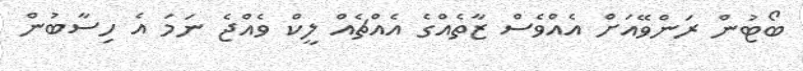
ބޯޓުން ރަންވޭއަށް އެއްވެސް ޒާތެއްގެ އެއްޗެއް ލީކް ވެއްޖެ ނަމަ އެ ހިސާބުން